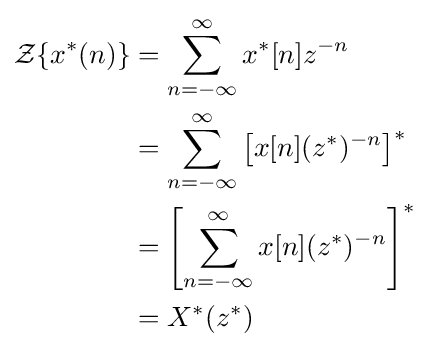
{\begin{aligned}{\mathcal {Z}}\{x^{*}(n)\}&=\sum _{n=-\infty }^{\infty }x^{*}[n]z^{-n}\\&=\sum _{n=-\infty }^{\infty }\left[x[n](z^{*})^{-n}\right]^{*}\\&=\left[\sum _{n=-\infty }^{\infty }x[n](z^{*})^{-n}\right]^{*}\\&=X^{*}(z^{*})\end{aligned}}